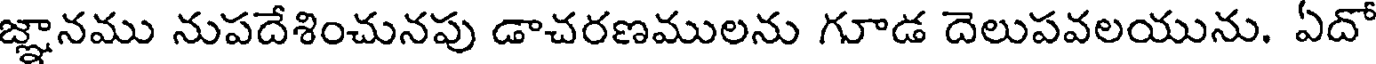
జ్ఞానము నుపదేశించునపు డాచరణములను గూడ దెలుపవలయును. ఏదో